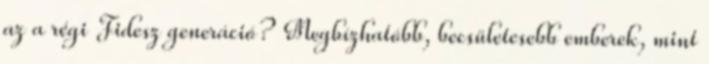
az a régi Fidesz generáció? Megbízhatóbb, becsületesebb emberek, mint